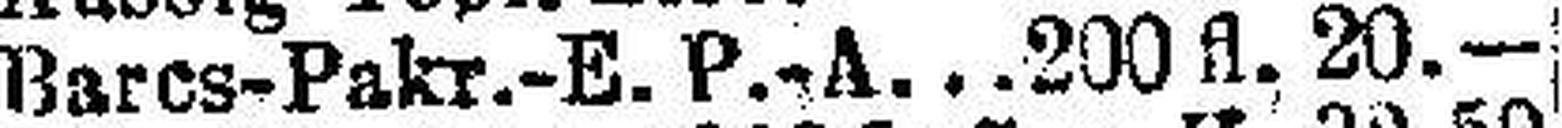
Barcs-Pakr.-E. P.-A. 200 fl. 20.—